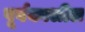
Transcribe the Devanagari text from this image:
पूर्वकालील